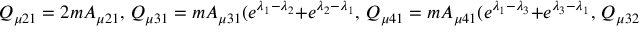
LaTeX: Q _ { \mu 2 1 } = 2 m A _ { \mu 2 1 } , \, Q _ { \mu 3 1 } = m A _ { \mu 3 1 } ( e ^ { \lambda _ { 1 } - \lambda _ { 2 } } + e ^ { \lambda _ { 2 } - \lambda _ { 1 } } , \, Q _ { \mu 4 1 } = m A _ { \mu 4 1 } ( e ^ { \lambda _ { 1 } - \lambda _ { 3 } } + e ^ { \lambda _ { 3 } - \lambda _ { 1 } } , \, Q _ { \mu 3 2 } = m A _ { \mu 3 2 } ( e ^ { \lambda _ { 1 } - \lambda _ { 2 } } + e ^ { \lambda _ { 2 } - \lambda _ { 1 } } , \, Q _ { \mu 4 2 } = m A _ { \mu 4 2 } ( e ^ { \lambda _ { 1 } - \lambda _ { 3 } } + e ^ { \lambda _ { 3 } - \lambda _ { 1 } } , \, Q _ { \mu 4 3 } = m A _ { \mu 4 3 } ( e ^ { \lambda _ { 2 } - \lambda _ { 3 } } + e ^ { \lambda _ { 3 } - \lambda _ { 2 } } .